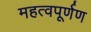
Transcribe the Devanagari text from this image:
महत्वपूर्णण